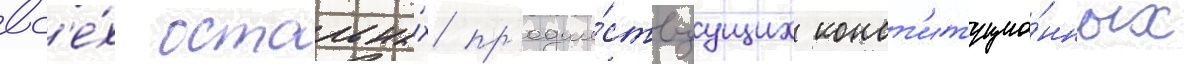
вс'е́х остальны́х пр'едше́ствуущих конст'итуцио́нных